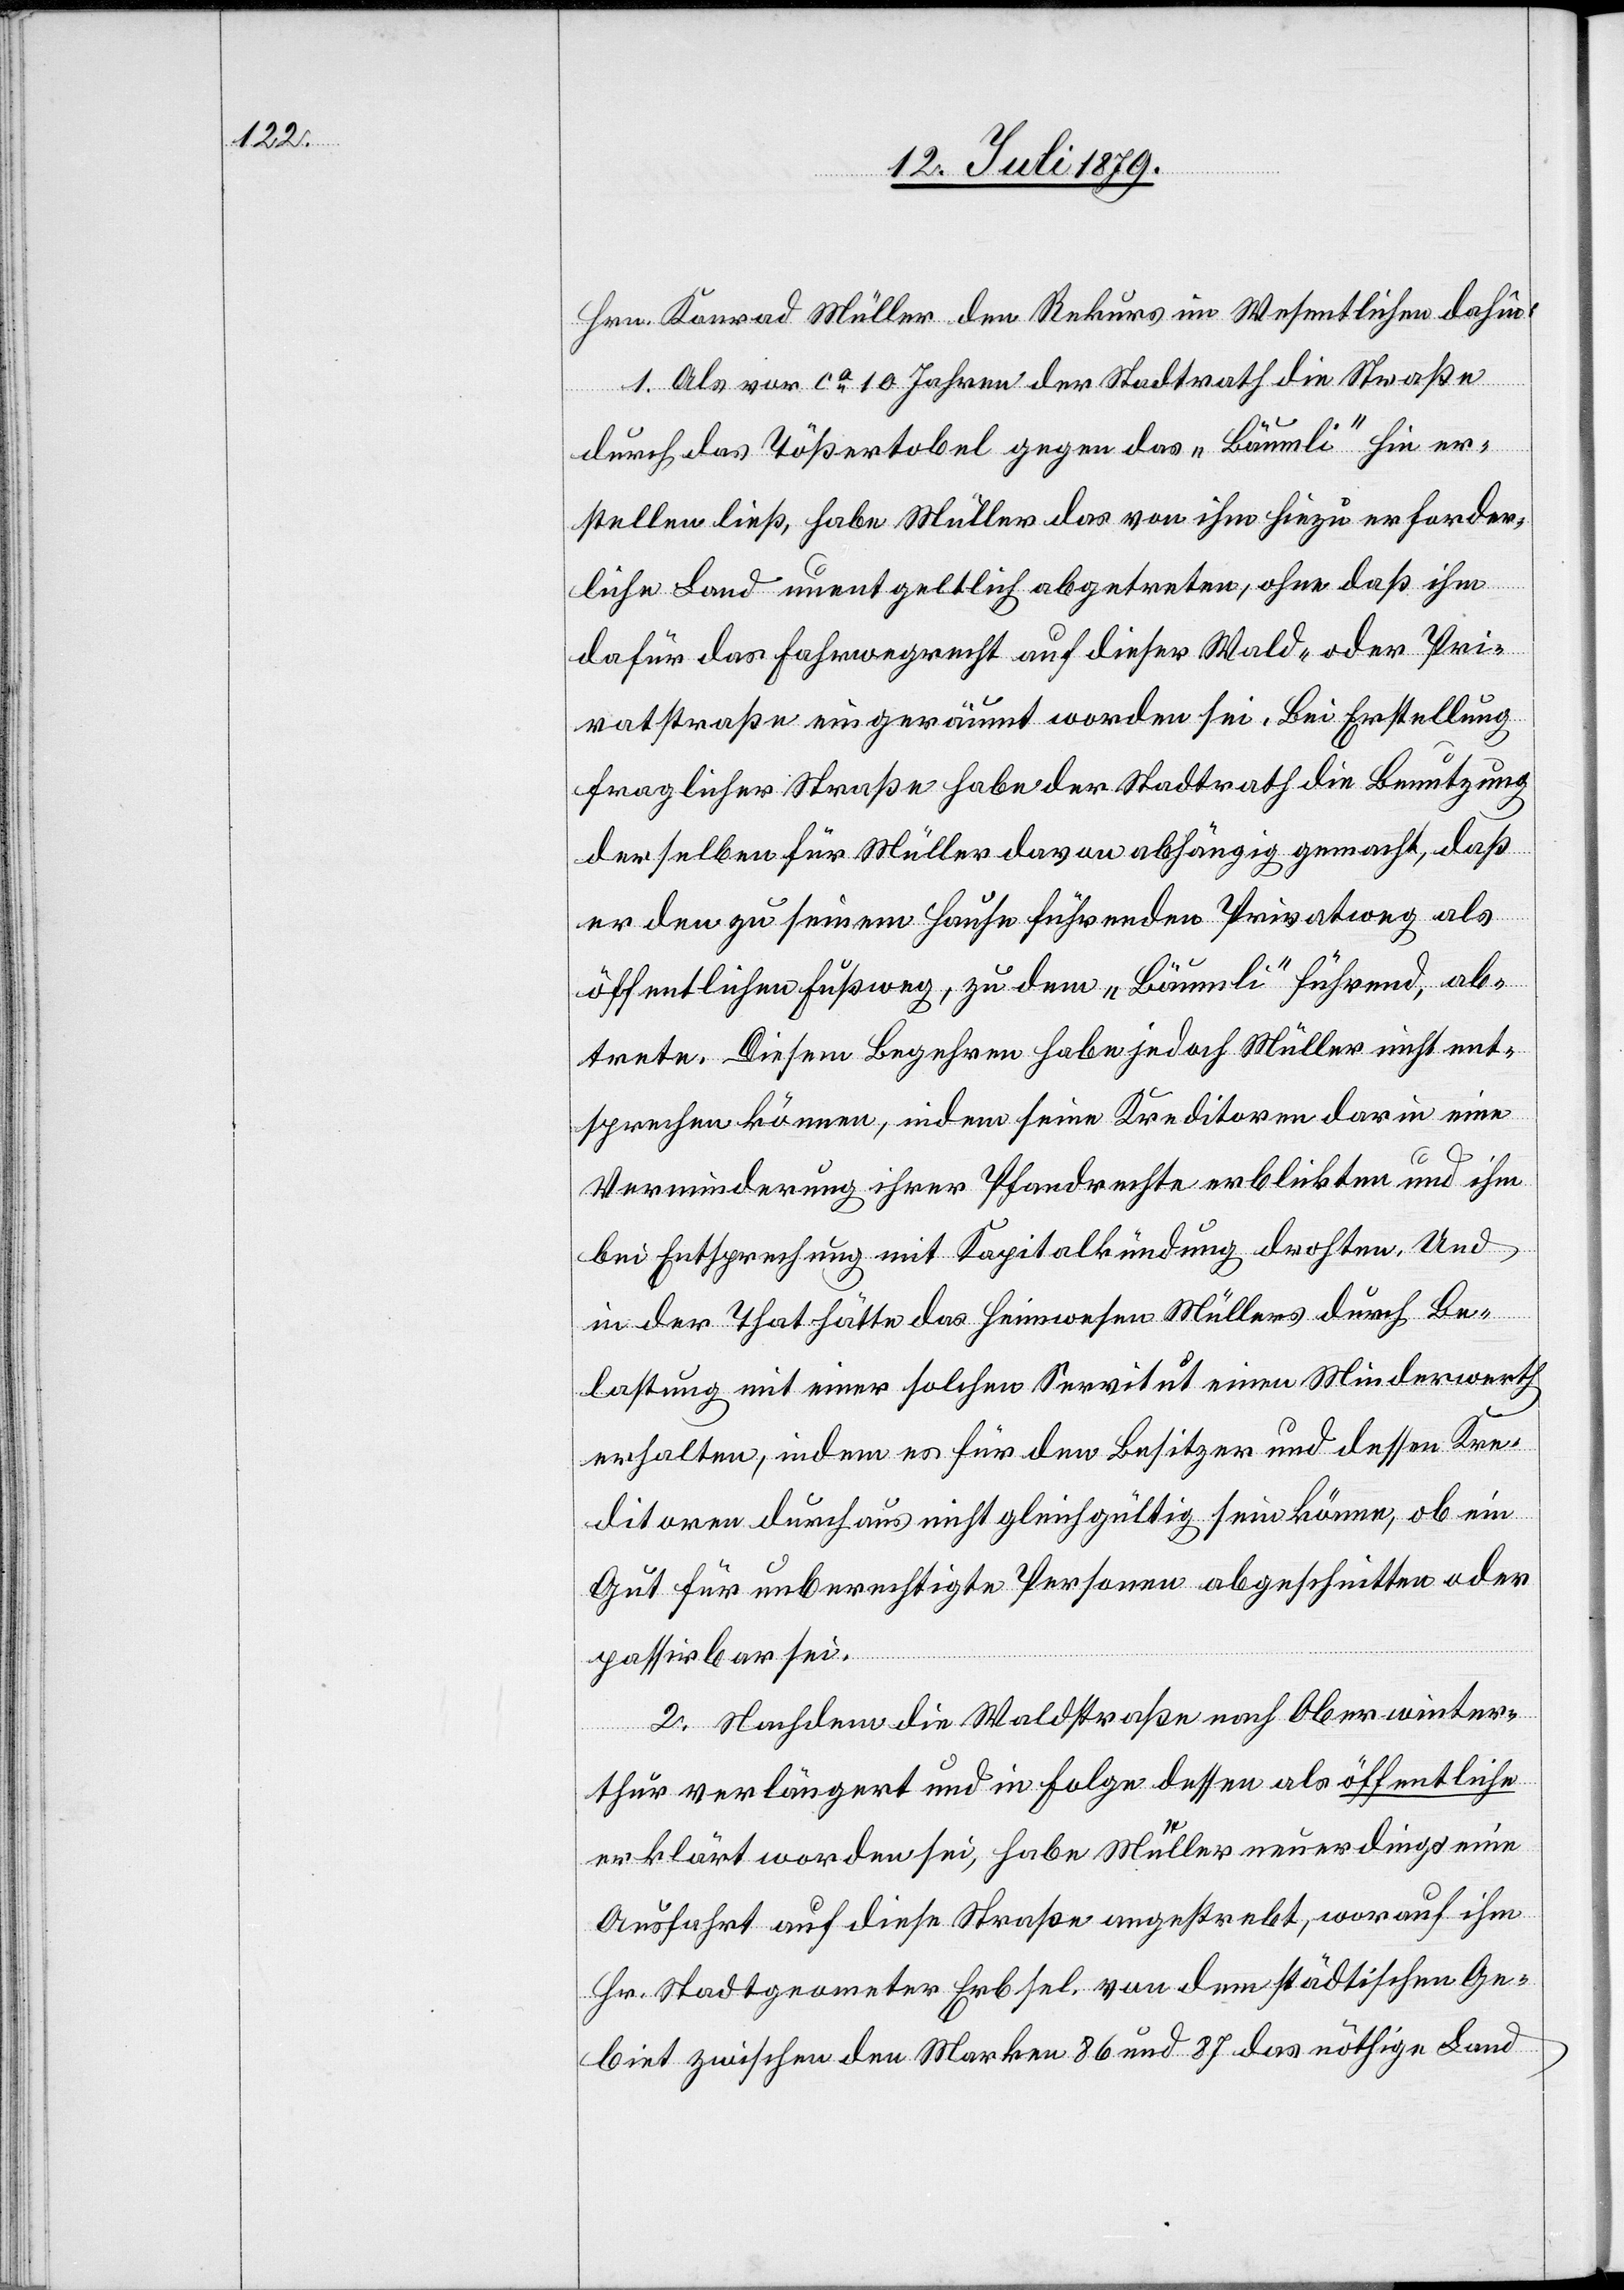
Hrn. Konrad Müller den Rekurs im Wesentlichen dahin:
1. Als vor ca 10 Jahren der Stadtrath die Straße
durch das Tößertobel gegen das „Bäumli“ hin er¬
stellen ließ, habe Müller das von ihm hiezu erforder¬
liche Land unentgeltlich abgetreten, ohne daß ihm
dafür das Fahrwegrecht auf dieser Wald- oder Pri¬
vatstraße eingeräumt worden sei. Bei Erstellung
fraglicher Straße habe der Stadtrath die Benutzung
derselben für Müller davon abhängig gemacht, daß
er den zu seinem Hause führenden Privatweg als
öffentlichen Fußweg, zu dem „Bäumli“ führend, ab¬
trete. Diesem Begehren habe jedoch Müller nicht ent¬
sprechen können, indem seine Kreditoren darin eine
Verminderung ihrer Pfandrechte erblickten und ihm
bei Entsprechung mit Kapitalkündung drohten. Und
in der That hätte das Heimwesen Müllers durch Be¬
lastung mit einer solchen Servitut einen Minderwerth
erhalten, indem es für den Besitzer und dessen Kre¬
ditoren durchaus nicht gleichgültig sein könne, ob ein
Gut für unberechtigte Personen abgeschnitten oder
passirbar sei.
2. Nachdem die Waldstraße nach Oberwinter¬
thur verlängert und in Folge dessen als öffentliche
erklärt worden sei, habe Müller neuerdings eine
Ausfahrt auf diese Straße angestrebt, worauf ihm
Hr. Stadtgeometer Erb sel. von dem städtischen Ge¬
biet zwischen den Marken 86 und 87 das nöthige Land